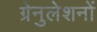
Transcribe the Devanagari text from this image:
ग्रेनुलेशनों